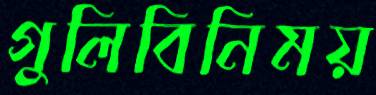
গুলিবিনিময়